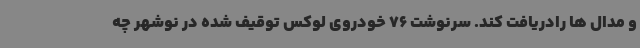
و مدال ها رادریافت کند. سرنوشت 76 خودروی لوکس توقیف شده در نوشهر چه